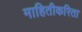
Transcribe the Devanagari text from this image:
माहितीकरिता